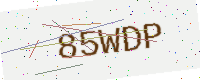
Text: 85WDP